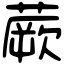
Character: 蕨